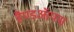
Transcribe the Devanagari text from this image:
हैण्डऑफ्स